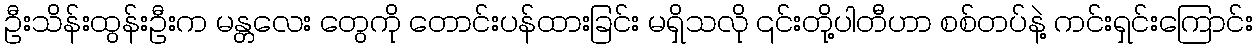
ဦးသိန်းထွန်းဦးက မန္တလေး တွေကို တောင်းပန်ထားခြင်း မရှိသလို ၎င်းတို့ပါတီဟာ စစ်တပ်နဲ့ ကင်းရှင်းကြောင်း